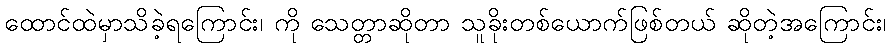
ထောင်ထဲမှာသိခဲ့ရကြောင်း၊ ကို သေတ္တာဆိုတာ သူခိုးတစ်ယောက်ဖြစ်တယ် ဆိုတဲ့အကြောင်း၊